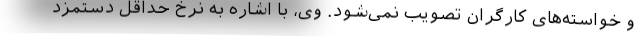
و خواسته‌های کارگران تصویب نمی‌شود. وی، با اشاره به نرخ حداقل دستمزد